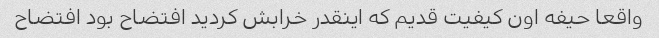
واقعا حیفه اون کیفیت قدیم که اینقدر خرابش کردید افتضاح بود افتضاح